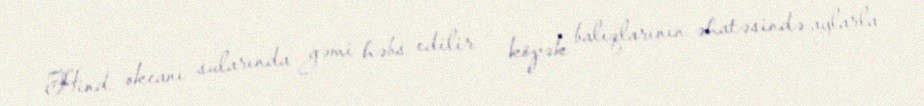
Hind okeanı sularında gəmi həbs edilir - köpək balıqlarının əhatəsində aylarla